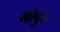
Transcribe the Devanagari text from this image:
खोपुन